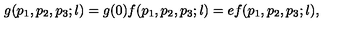
g ( p _ { 1 } , p _ { 2 } , p _ { 3 } ; l ) = g ( 0 ) f ( p _ { 1 } , p _ { 2 } , p _ { 3 } ; l ) = e f ( p _ { 1 } , p _ { 2 } , p _ { 3 } ; l ) ,